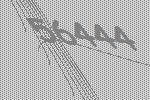
56444